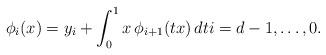
LaTeX: \begin{align*} \phi_i(x) = y_i+ \int_0^1 x \, \phi_{i+1}(tx) \, dt i = d-1,\dots,0. \end{align*}